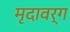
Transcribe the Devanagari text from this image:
मृदावर्ग